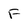
Character: f